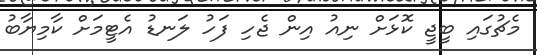
މެޗުގައި ބީޖީ ކޮޅަށް ނިއު އިން ޖެހި ފަހު ލަނޑު އެޓީމަށް ކާމިޔާބު